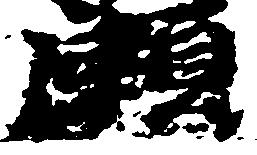
瀬